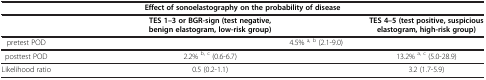
<table><thead><tr><td colspan="3"><b>Effect of sonoelastography on the probability of disease</b></td></tr><tr><td><b> </b></td><td><b>TES 1–3 or BGR-sign (test negative, benign elastogram, low-risk group)</b></td><td><b>TES 4–5 (test positive, suspicious elastogram, high-risk group)</b></td></tr></thead><tbody><tr><td>pretest POD</td><td colspan="2">4.5% <sup>a, b</sup> (2.1-9.0)</td></tr><tr><td>posttest POD</td><td>2.2% <sup>b, c</sup> (0.6-6.7)</td><td>13.2% <sup>a, c</sup> (5.0-28.9)</td></tr><tr><td>Likelihood ratio</td><td>0.5 (0.2-1.1)</td><td>3.2 (1.7-5.9)</td></tr></tbody></table>